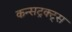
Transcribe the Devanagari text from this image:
कन्सट्रक्ट्स